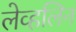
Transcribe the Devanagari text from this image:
लेव्हलिन